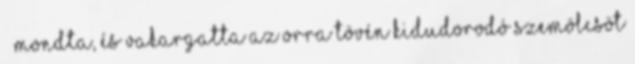
– mondta, és vakargatta az orra tövén kidudorodó szemölcsöt